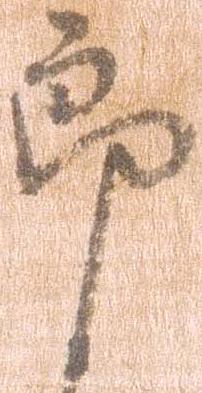
郎